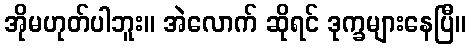
အိုမဟုတ်ပါဘူး။ အဲလောက် ဆိုရင် ဒုက္ခများနေပြီ။